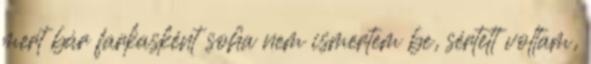
mert bár farkasként soha nem ismertem be, sértett voltam,